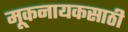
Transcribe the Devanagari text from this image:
मूकनायकसाठी